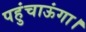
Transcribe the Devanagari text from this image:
पहुंचाऊंगा।